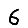
Digit: 6